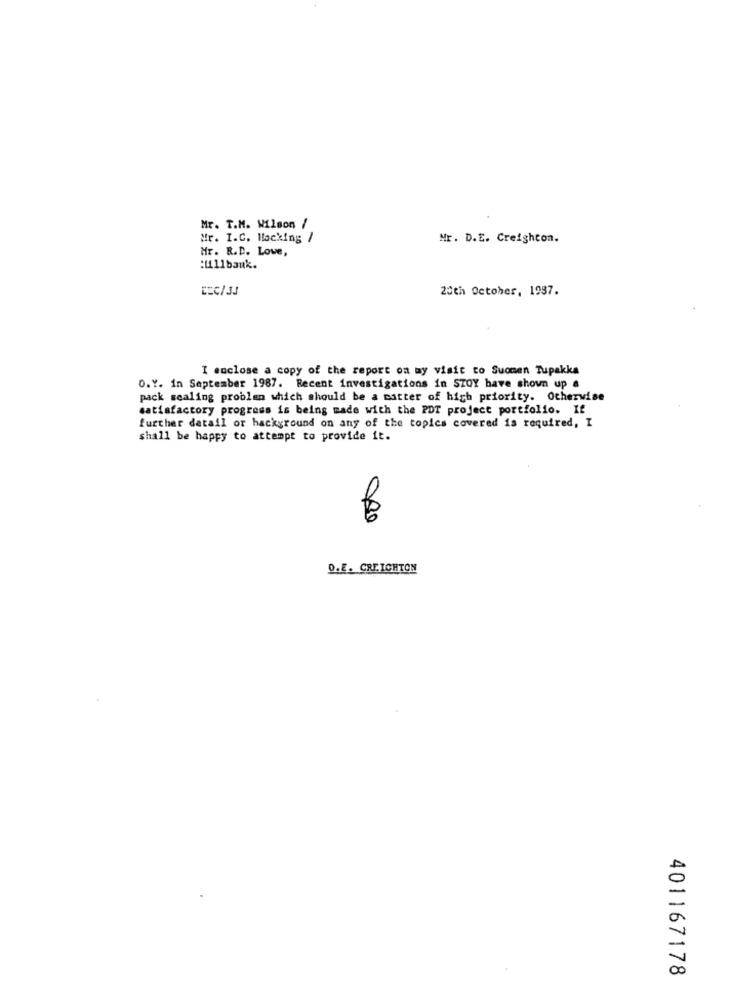
Mr. T.M. Wilson /
Mr. I.C. Mocking /
Mr. D.E. Creighton.
Mr. R.D. Lowe,
:u11bauk.
CEC/33
20th October, 1937.
I enclose a copy of the report on my visit to Suomen Tupakka
O.Y. in September 1987. Recent investigations in SZOY have shown up a
pack scaling problen which should be a matter of high priority. Otherwise
satisfactory progress is being made with the PDT project portfolio. If
further detail or hackground on any of the topics covered is required, I
shall be happy to attempt to provide it.
O.E. CREIGHTON
A
00
401167178